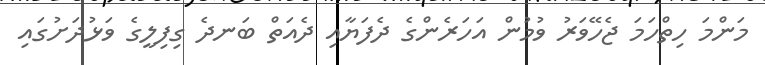
މަންމަ ހިތްހަމަ ޖެހޭވަރު ވުމުން އަހަރެންގެ ދެފަޔާއި ދެއަތް ބަނދެ ގިފިލީގެ ވަޅުދަށުގައި